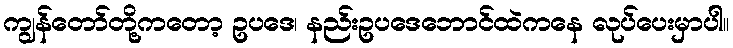
ကျွန်တော်တို့ကတော့ ဥပဒေ၊ နည်းဥပဒေဘောင်ထဲကနေ လုပ်ပေးမှာပါ။